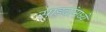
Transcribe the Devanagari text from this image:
साड्यांमध्ये